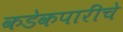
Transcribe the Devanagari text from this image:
कडेकपारींचे